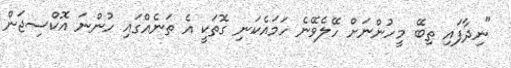
"ނިދާފައި ތިބޭ މީހުންނަށް ހޭލެވޭނެ ހަމައެކަނި ގޮތަކީ އެ ތަނެއްގައި ހުންނަ އޮކްސިޖަން